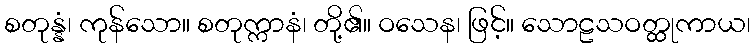
စတုန္နံ၊ ကုန်သော။ စတုက္ကာနံ၊ တို့၏။ ဝသေန၊ ဖြင့်။ သောဠသဝတ္ထုကာယ၊